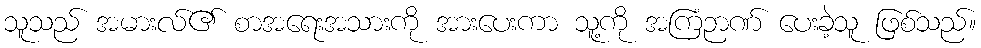
သူသည် အမားလ်၏ စာအရေးအသားကို အားပေးကာ သူ့ကို အကြံဉာဏ် ပေးခဲ့သူ ဖြစ်သည်။